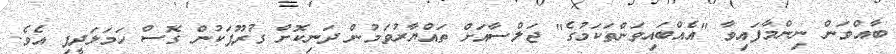
ބާއްވަން ނިންމާފައިވާ "އެއްބައިވަންތަކަމުގެ" ޖަލްސާއަށް ތައްޔާރުވަމުން ދަނިކޮށް ގުރޫޕަކުން ގޮސް ހަމަލަދީފި އެވެ.